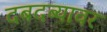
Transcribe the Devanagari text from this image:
दबदब्यावर